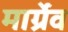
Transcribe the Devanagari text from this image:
मार्ग्रेव